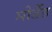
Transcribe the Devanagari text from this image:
मोर्डेड